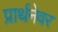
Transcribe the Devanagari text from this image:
प्रार्थनेवर